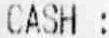
CASH :